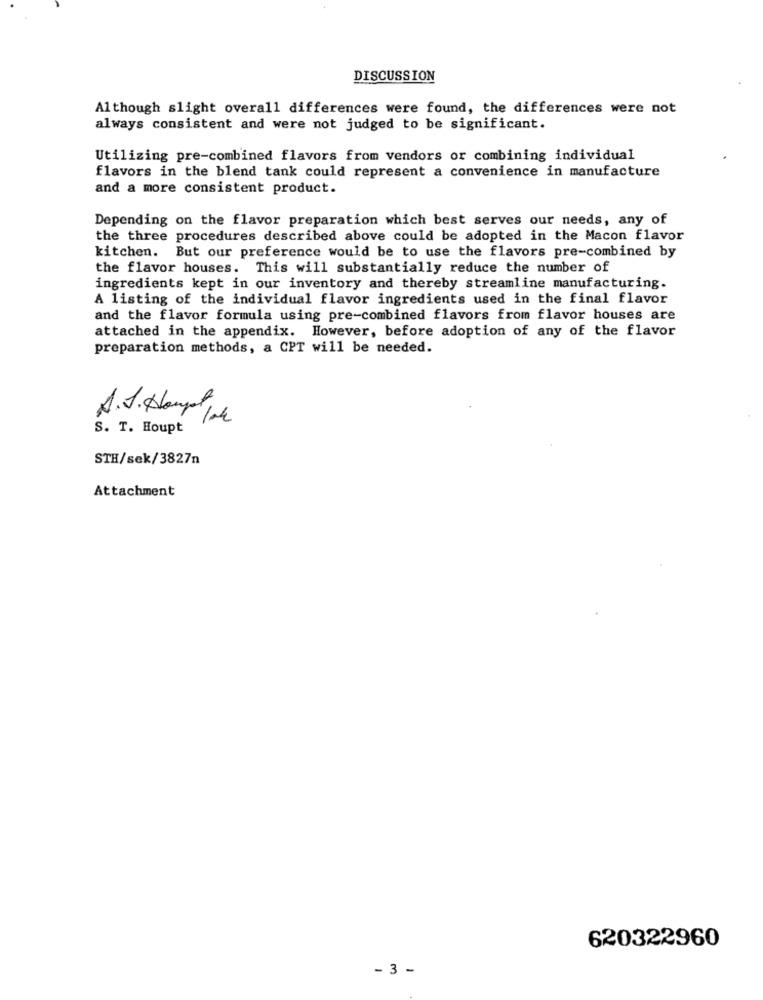
DISCUSSION
Although slight overall differences were found, the differences were not
always consistent and were not judged to be significant.
Utilizing pre-combined flavors from vendors or combining individual
flavors in the blend tank could represent a convenience in manufacture
and a more consistent product.
Depending on the flavor preparation which best serves our needs, any of
the three procedures described above could be adopted in the Macon flavor
kitchen. But our preference would be to use the flavors pre-combined by
the flavor houses. This will substantially reduce the number of
ingredients kept in our inventory and thereby streamline manufacturing.
A listing of the individual flavor ingredients used in the final flavor
and the flavor formula using pre-combined flavors from flavor houses are
attached in the appendix. However, before adoption of any of the flavor
preparation methods, a CPT will be needed.
A.S. Hampl 1l
S. T. Houpt
STH/sek/3827n
Attachment
620322960
- 3 -